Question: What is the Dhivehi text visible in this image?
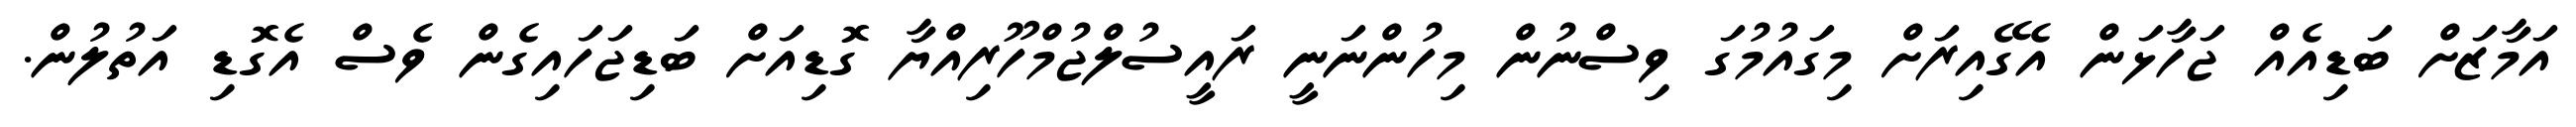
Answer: އަމާޒަށް ބަޑިއެއް ޖަހާޅަން އެގޭއިރަށް މިގައުމުގަ ވިސްނުން މިހުންނަނީ ރައީސުލްޖުމްހޫރިއްޔާ ގޮޑިއަށް ބަޑިޖަހައިގެން ވެސް އެގޮޑި އަތުލުން.